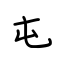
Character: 屯